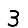
Digit: 3